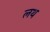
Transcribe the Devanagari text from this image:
लथ